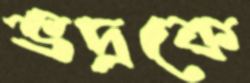
ভদ্রকে